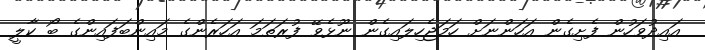
އައިދުވަހުން ފެށިގެން އަހަންނަށް ހަމަޖެހިލައިގެން ނޫޅެވޭ ފުރަތަމަ އަހަރެންގެ މައިންބަފައިންގެ ބޯ ކާލީ